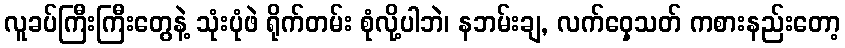
လူခပ်ကြီးကြီးတွေနဲ့ သုံးပုံဖဲ ရိုက်တမ်း စုံလို့ပါဘဲ၊ နဘမ်းချ, လက်ဝှေ့သတ် ကစားနည်းတော့